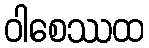
ဝါစေဿထ